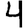
Digit: 4